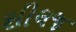
શીલજ